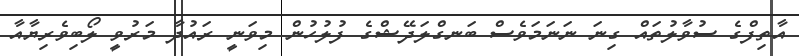
އާތިފްގެ ސުވާލުތައް ގިނަ ނަނަމަވެސް ބަނގްލަދޭޝްގެ ފުލުހުން މިވަނީ ރައުދާ މަރުވީ ލޯބިވެރިޔާއާ